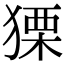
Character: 𤠫